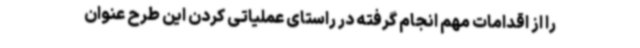
را از اقدامات مهم انجام گرفته در راستای عملیاتی کردن این طرح عنوان